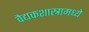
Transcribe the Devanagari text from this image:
वैद्यकशास्त्रामध्ये